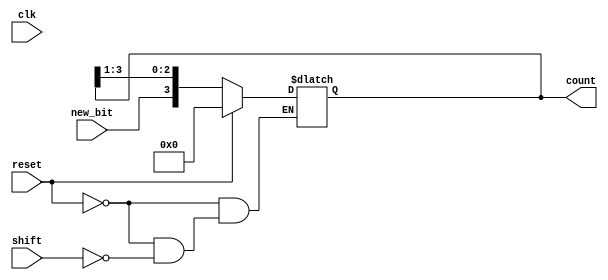
module async_shift_counter (
    input wire clk,          // Clock signal (not used in asynchronous design)
    input wire reset,        // Asynchronous reset signal
    input wire shift,        // Shift input signal
    input wire new_bit,      // New bit to shift in (for LSB)
    output reg [3:0] count   // 4-bit counter output
);

    // Asynchronous reset and shift operation
    always @(*) begin
        if (reset) begin
            count = 4'b0000; // Reset the counter to 0
        end else if (shift) begin
            count = {new_bit, count[3:1]}; // Right shift operation
        end
    end

endmodule